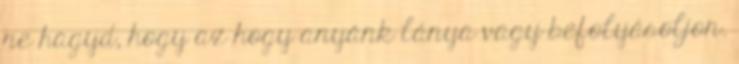
ne hagyd, hogy az hogy anyánk lánya vagy befolyásoljon.